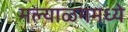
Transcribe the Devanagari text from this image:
मल्याळममध्ये